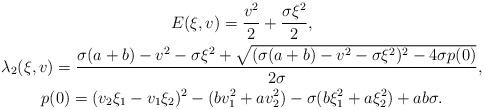
LaTeX: \begin{gather*}E(\xi,v)=\frac{v^2}2+\frac{\sigma\xi^2}2,\\\lambda_2(\xi,v)=\frac{\sigma(a+b)-v^2-\sigma\xi^2+\sqrt{(\sigma(a+b)-v^2-\sigma\xi^2)^2-4\sigma p(0)}}{2\sigma},\\p(0)=(v_2\xi_1-v_1\xi_2)^2-(bv_1^2+av_2^2)-\sigma(b\xi_1^2+a\xi_2^2)+ab\sigma.\end{gather*}